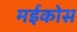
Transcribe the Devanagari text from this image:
मईकोस